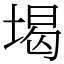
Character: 堨